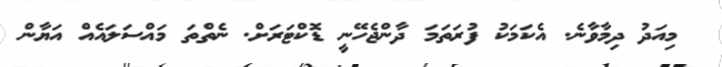
މިއަދު ދިމާވާނެ. އެކަމަކު ފުރަތަމަ ދާންޖެހޭނީ ޑޮކްޓަރަށް. ނެތްތަ މައްސަލައެއް އަޔާން